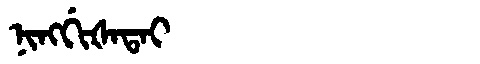
Manchu: ᠨᡳᠩᡤᡳᡧᠠᡨᠠᡳ
Romanization: NINGGIŠATAI